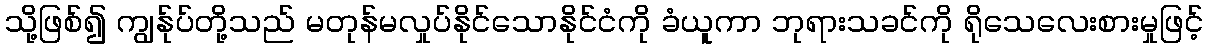
သို့ဖြစ်၍ ကျွန်ုပ်တို့သည် မတုန်မလှုပ်နိုင်သောနိုင်ငံကို ခံယူကာ ဘုရားသခင်ကို ရိုသေလေးစားမှုဖြင့်